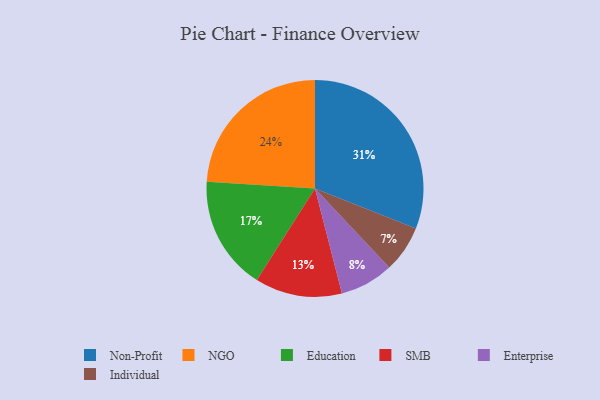
{"axis": {"x": "Category", "y": "Percentage"}, "legend": ["Education", "Enterprise", "Individual", "NGO", "Non-Profit", "SMB"], "data": [{"x": "SMB", "y": 13, "type": "SMB"}, {"x": "Individual", "y": 7, "type": "Individual"}, {"x": "NGO", "y": 24, "type": "NGO"}, {"x": "Non-Profit", "y": 31, "type": "Non-Profit"}, {"x": "Enterprise", "y": 8, "type": "Enterprise"}, {"x": "Education", "y": 17, "type": "Education"}]}